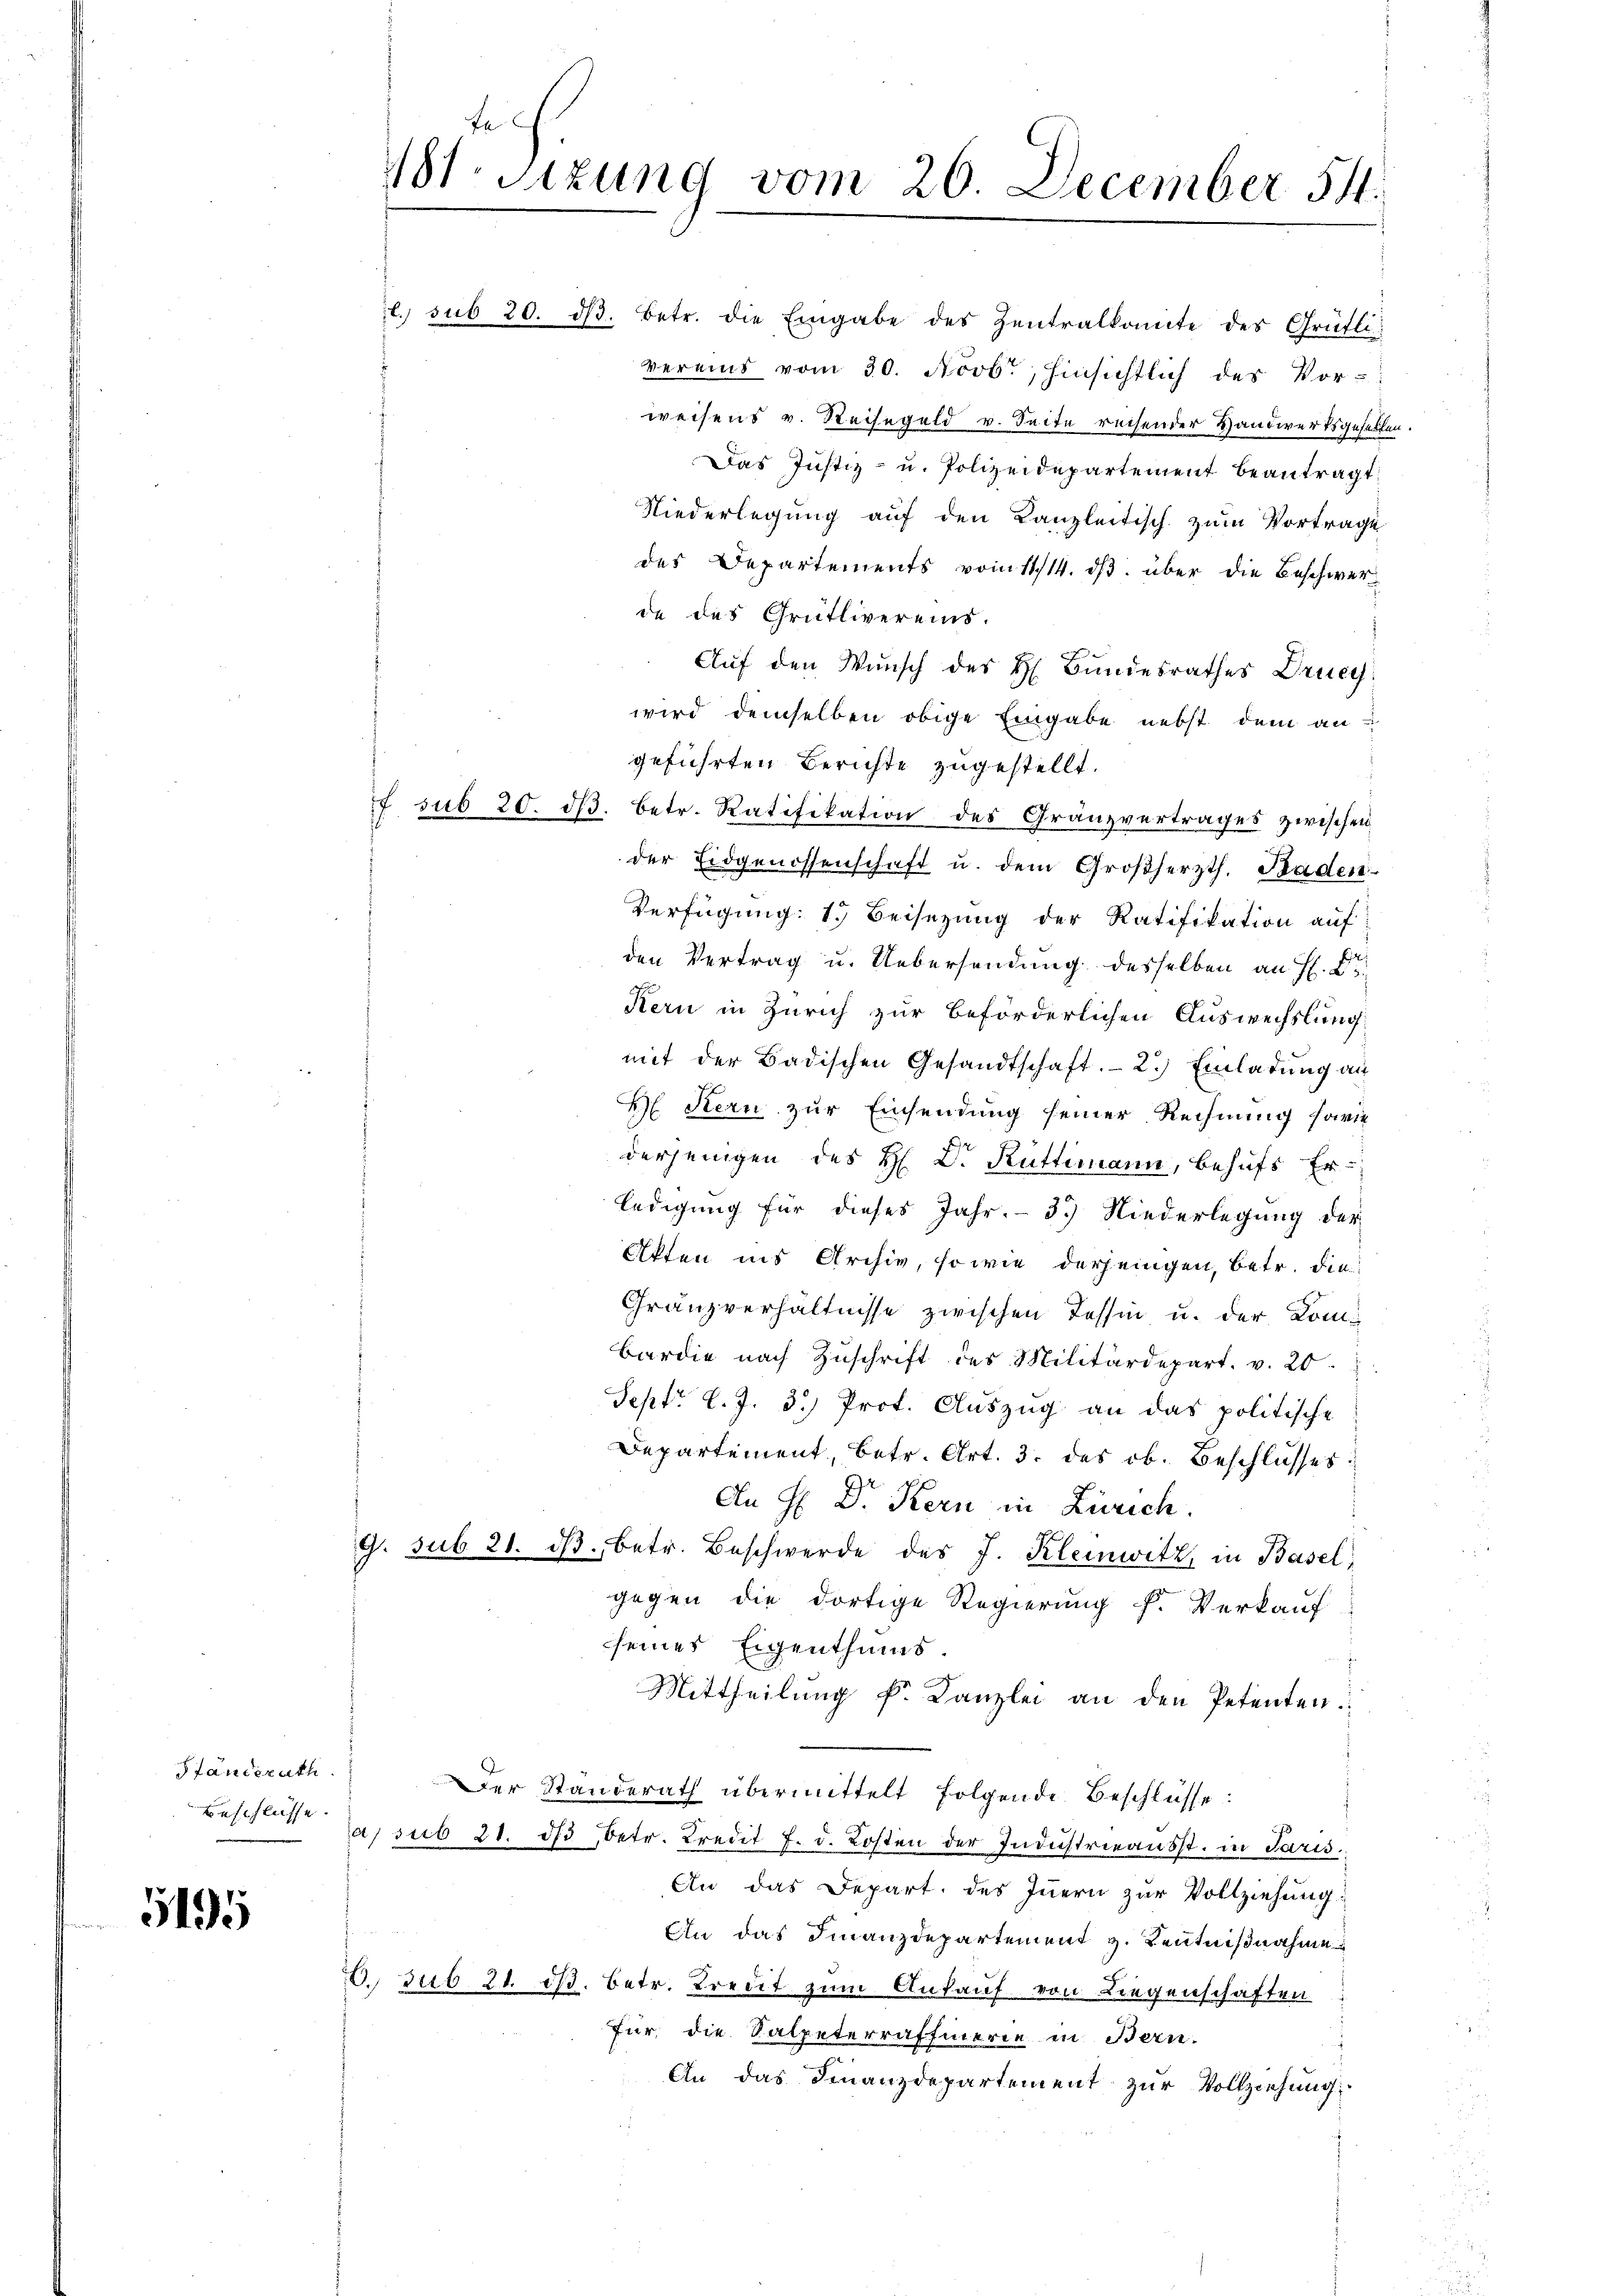
Ständerath
Beschlüsse.

5195

. sub 20. dβ. betr. die Eingabe des Zentralkomite des Grütli
vereins vom 30. Novbr., Hinsichtlich des Vorweisens v. Reisegeld v. Seite reisender Handwerksgesellen.
Das Justiz- u. Polizeidepartement beantragt
Niederlegung auf den Kanzleitisch zum Vortrage
des Departements vom 11/14. ds. über die Beschwerde das Grütlivereins.
Auf den Wunsch des H. Bundesrathes Druc
wird demselben obige Eingabe nebst dem an
geführten Berichte zugestellt.
 sub 20. dβ betr. Ratifikation des Gränzvertrages zwischen
der Eidgenossenschaft u. dem Großherzth. Baden.
Verfügung: 1. Beisezung der Ratifikation auf
den Vertrag u. Uebersendung desselben an H. B
Kern in Zürich zur beförderlichen Auswechslung
mit der Badischen Gesandtschaft. - 2.) Einladung an
 Stern zur Einsendung seiner Rechnung sowie
derjenigen des H. D. Rüttimann, behufs Erledigung für dieses Jahr. - 3.) Niederlegung der
Akten ins Archiv, sowie derjenigen, betr. die
Granzverhältnisse zwischen Tessin u. der Kombardie nach Zuschrift des Militärdepart. v. 20
Sept. l. J. 3.) Prof. Auszug an das politische
Departement, betr. Art. 3. des ob. Beschlusses
An H. Dr. Kern in Zürich.
9. sub 21. dβ betr. Beschwerde des J. Kleinwitz, in Basel,
gegen die dortige Regierung f. Verkauf
seines Eigenthums.
Mittheilung Fr. Kanzlei an den Petenten
Der Standerath übermittelt folgende Beschlüsse:
a sub 21. dβ betr. Kredit f. d. Kosten der Indŭstrieausst. in Paris
An das Depart. des Innern zur Vollziehung:
An das Finanzdepartement z. Kentnißnahme
3. sub 21. ds. betr. Tredit zum Ankauf von Liegenschaften
für, die Salpeterraffierie in Bern.
An das Finanzdepartement zur Vollziehung

481. Sitzung vom 20. December 54.